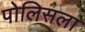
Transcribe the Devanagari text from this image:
पोलिसला